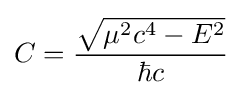
C={\frac {\sqrt {\mu ^{2}c^{4}-E^{2}}}{\hbar c}}